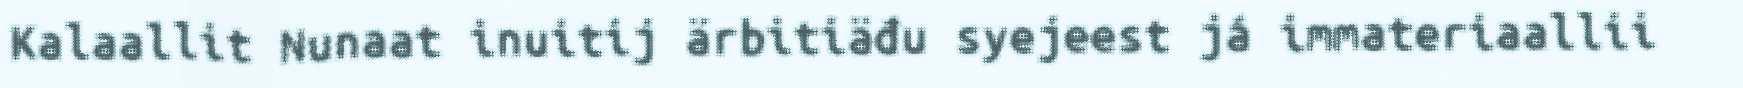
Kalaallit Nunaat inuitij ärbitiäđu syejeest já immateriaallii